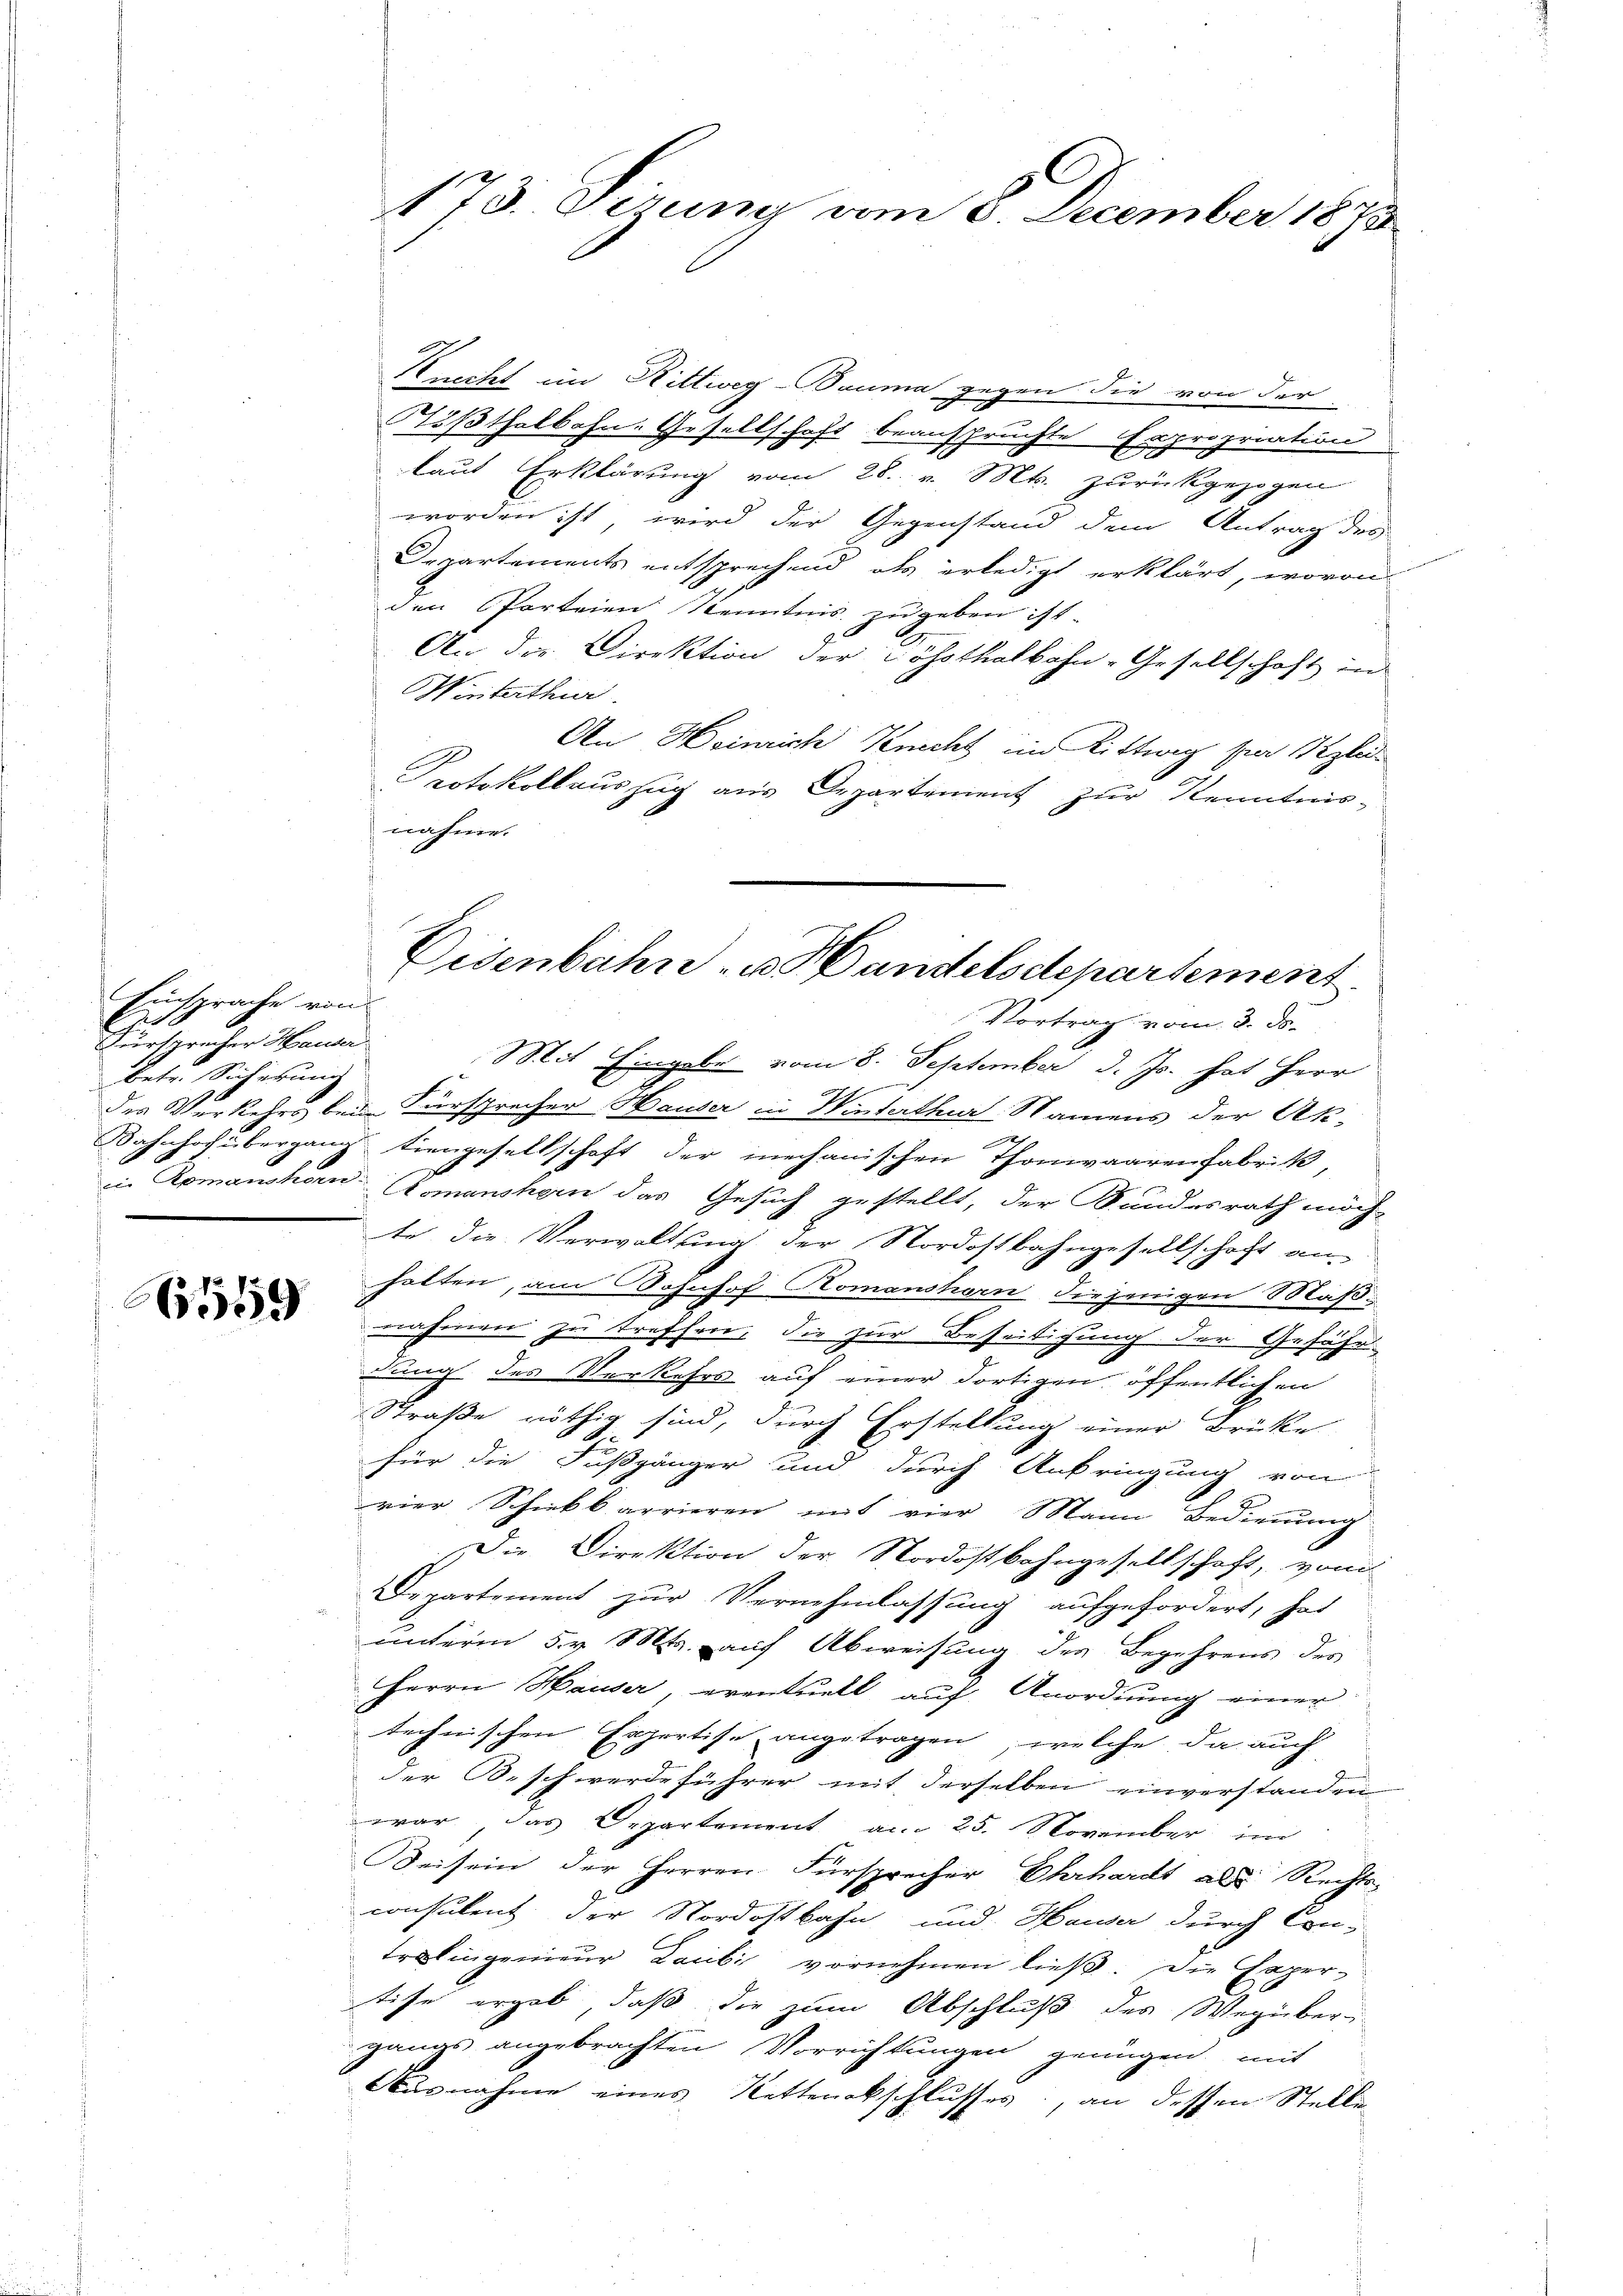
Einsprache von
Zurspracher Hauer
betr. Sicherung

6559

Knecht im Rittweg-Bauma gegen die von der
1
Tößthalbahn-Gesellschaft beanspruchte Expropriation
laut Erklärung vom 28. v. Mts. zurückgezogen
worden ist, wird der Gegenstand dem Antrag des
Departements entsprechend als erledigt erklärt, wovon
den Parteien Kenntnis zugeben ist.
9.
An die Direktion der Lössthalbahn-Gesellschaft in
Winterthur.
An Heinrich Knecht im Rittweg sein ple¬
Protokollauszug aus Departement zur Kenntnis-
nahme.
Vortrag vom 3. ds.
Mit Eingabe vom 8. September d. Js. hat Herr
des Verkehrs bei Fürsprecher Hauser in Winterthur Namens der Ak-

Bahnhof übergang tiengesellschaft der mechanischen Thonwaarenfabrik,
die RomanskörnAomanshorn das Gesuch gestellt, der Bundesrath möch-
te die Verwaltung der Nordostbahngesellschaft an-
halten, am Bahnhof Komanshorn diejenigen Maßnahmen zu treffen, die zur Beseitigung der Gefähr
dung des Verkehrs auf einer dortigen öffentlichen
Straße nöthig sind, durch Erstellung einer Brüke
für die Fußgänger und durch Anbringung von
vier Schiebbarrieren mit vier Mann Bedienung
Die Direktion der Nordostbahngesellschaft, vom
Departement zur Vernehmlassung aufgefordert, hat
unterm 5. v. Mts. auf Abweisung des Begehrens des
Herrn Hauser, eventuell auf Anordnung einer
technischen Expertise angetragen, welche da auch
der Beschwerdeführer mit derselben einverstanden
war, das Departement am 25. November im
Beisein der Herren Fürsprecher Ehrhardt als Rechts-
consulent, der Nordostbahn und Hauser durch Con-
trolingenieur Laubi vornehmen ließ. Die Expertise ergab, daß die zum Abschluß des Wegüber-
gangs angebrachten Vorrichtungen genügen, mit
Ausnahme eines Ketterckschlusses, an dessen Stelle

173. Verung vom 6. December 1873

Eisenbahn- u. Handelsdepartement